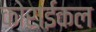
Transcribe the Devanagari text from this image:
कोराईकल